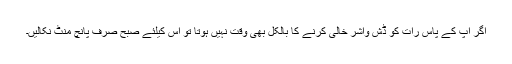
اگر آپ کے پاس رات کو ڈش واشر خالی کرنے کا بالکل بھی وقت نہیں ہوتا تو اس کیلئے صبح صرف پانچ منٹ نکالیں۔